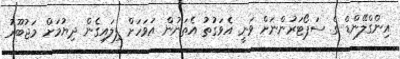
އިންގްލޭންޑް ގެ ސަޕޯޓަރުންނަށް ވަނީ އެވަގުތު އެތަނުން އަވަހަށް ފިލައިގެން ދިޔުމަށް މަޖުބޫރު